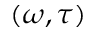
( \omega , \tau )